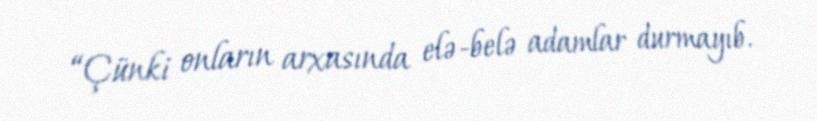
“Çünki onların arxasında elə-belə adamlar durmayıb.